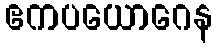
ဧကပယောဂေန